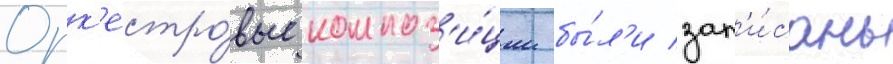
Орк'естро́вые композ'и́ции бы́л'и зап'и́саны